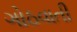
ગોઠવાતી